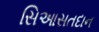
સિઆસતદાન